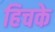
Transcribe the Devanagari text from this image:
हिचके